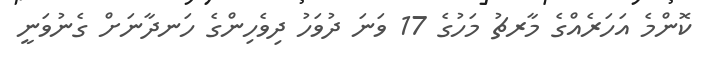
ކޮންމެ އަހަރެއްގެ މާރޗު މަހުގެ 17 ވަނަ ދުވަހު ދިވެހިންގެ ހަނދާނަށް ގެނުވަނީ